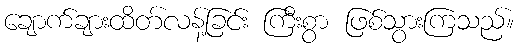
ချောက်ချားထိတ်လန့်ခြင်း ကြီးစွာ ဖြစ်သွားကြသည်။